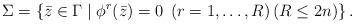
LaTeX: \begin{align*}\Sigma =\left\{ \bar{z}\in \Gamma \mid \phi ^{r}(\bar{z})=0\;\left(r=1,\ldots ,R\right) \left( R\leq 2n\right) \right\} .\end{align*}